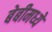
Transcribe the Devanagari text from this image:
बेबीमध्ये